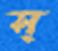
স্